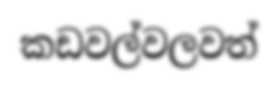
කඩවල්වලවත්